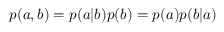
p ( a , b ) = p ( a | b ) p ( b ) = p ( a ) p ( b | a )